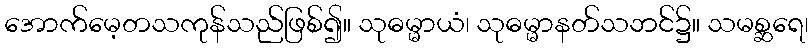
အောက်မေ့တသကုန်သည်ဖြစ်၍။ သုဓမ္မာယံ၊ သုဓမ္မာနတ်သဘင်၌။ သမစ္ဆရေ၊